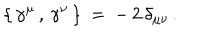
LaTeX: \{ \, \gamma ^ { \mu } \, , \, \gamma ^ { \nu } \, \} \: = \: - \, 2 \, \delta _ { \mu \nu } \, .